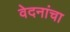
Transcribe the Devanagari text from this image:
वेदनांचा